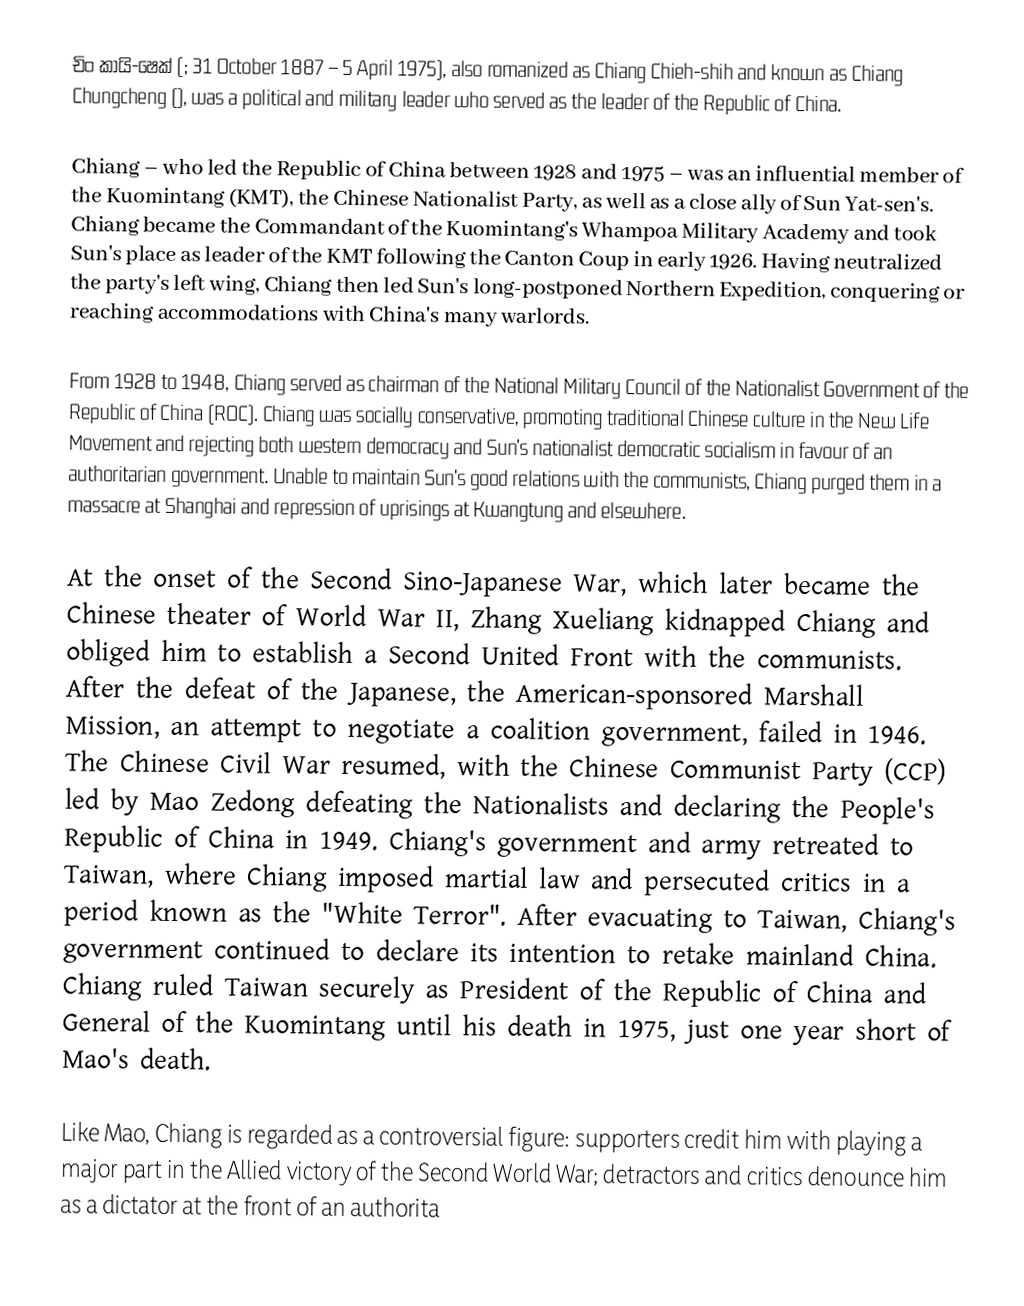
චිං කායි-ෂෙක් (; 31 October 1887 – 5 April 1975), also romanized as Chiang Chieh-shih and known as Chiang Chungcheng (), was a political and military leader who served as the leader of the Republic of China.

Chiang – who led the Republic of China between 1928 and 1975 – was an influential member of the Kuomintang (KMT), the Chinese Nationalist Party, as well as a close ally of Sun Yat-sen's. Chiang became the Commandant of the Kuomintang's Whampoa Military Academy and took Sun's place as leader of the KMT following the Canton Coup in early 1926. Having neutralized the party's left wing, Chiang then led Sun's long-postponed Northern Expedition, conquering or reaching accommodations with China's many warlords.

From 1928 to 1948, Chiang served as chairman of the National Military Council of the Nationalist Government of the Republic of China (ROC). Chiang was socially conservative, promoting traditional Chinese culture in the New Life Movement and rejecting both western democracy and Sun's nationalist democratic socialism in favour of an authoritarian government. Unable to maintain Sun's good relations with the communists, Chiang purged them in a massacre at Shanghai and repression of uprisings at Kwangtung and elsewhere.

At the onset of the Second Sino-Japanese War, which later became the Chinese theater of World War II, Zhang Xueliang kidnapped Chiang and obliged him to establish a Second United Front with the communists. After the defeat of the Japanese, the American-sponsored Marshall Mission, an attempt to negotiate a coalition government, failed in 1946. The Chinese Civil War resumed, with the Chinese Communist Party (CCP) led by Mao Zedong defeating the Nationalists and declaring the People's Republic of China in 1949. Chiang's government and army retreated to Taiwan, where Chiang imposed martial law and persecuted critics in a period known as the "White Terror". After evacuating to Taiwan, Chiang's government continued to declare its intention to retake mainland China. Chiang ruled Taiwan securely as President of the Republic of China and General of the Kuomintang until his death in 1975, just one year short of Mao's death.

Like Mao, Chiang is regarded as a controversial figure: supporters credit him with playing a major part in the Allied victory of the Second World War; detractors and critics denounce him as a dictator at the front of an authorita